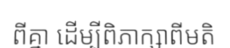
ពីគ្នា ដើម្បីពិភាក្សាពីមតិ